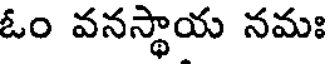
ఓం వనస్థాయ నమః